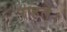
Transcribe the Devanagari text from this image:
राहते।